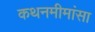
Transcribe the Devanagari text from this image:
कथनमीमांसा